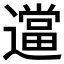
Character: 𬩖